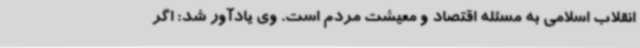
انقلاب اسلامی به مسئله اقتصاد و معیشت مردم است. وی یادآور شد: اگر